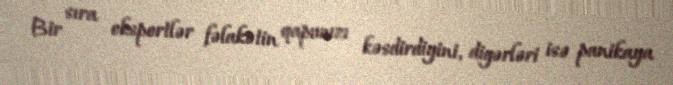
Bir sıra ekspertlər fəlakətin qapımızı kəsdirdiyini, digərləri isə panikaya